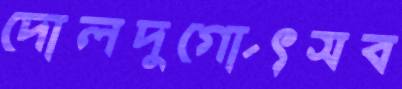
দোলদুর্গোৎসব